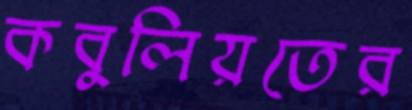
কবুলিয়তের